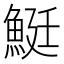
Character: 䱓